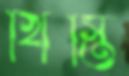
খিস্তি